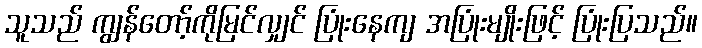
သူသည် ကျွန်တော့်ကိုမြင်လျှင် ပြုံးနေကျ အပြုံးမျိုးဖြင့် ပြုံးပြသည်။